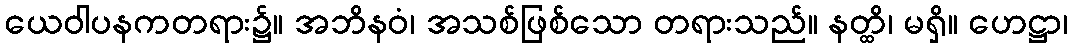
ယေဝါပနကတရား၌။ အဘိနဝံ၊ အသစ်ဖြစ်သော တရားသည်။ နတ္ထိ၊ မရှိ။ ဟေဋ္ဌာ၊